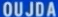
OUJDA